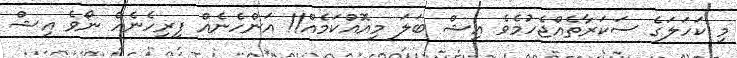
މި ކަހަލަގެ ސަކަރާތެއްޖެހުމެވެ އިޝް ބަލަ މިއޮއްކަމެއް!! އަންހެނެއް ފިރިހެނެއް ނޯވެ އިޝް